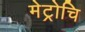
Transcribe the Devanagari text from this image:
मेट्रोचि